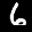
Label: 6